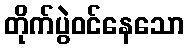
တိုက်ပွဲဝင်နေသော